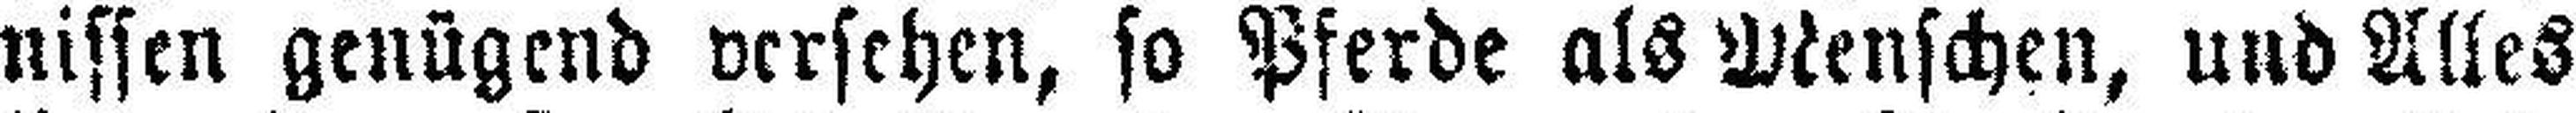
nissen genügend versehen, so Pferde als Menschen, und Alles